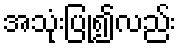
အသုံးပြု၍လည်း